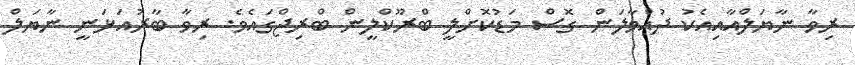
ރިވާ ނާޔަލްއާއިއެކު ދުއްވާލަން ގޮސް މަޑުކޮށްލީ ބްރޫކްލީން ބްރިޖްގައެވެ. ރިވާ ބާރުއަޅަނީ ނާޔަލް